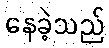
နေခဲ့သည်